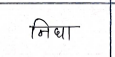
मजकूर: निघा